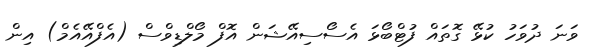
ވަނަ ދުވަހު ކުޅޭ ގޮތައް ފުޓްބޯޅަ އެސޯސިއޭޝަން އޮފް މޯލްޑިވްސް (އެފްއޭއެމް) އިން